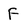
Character: F